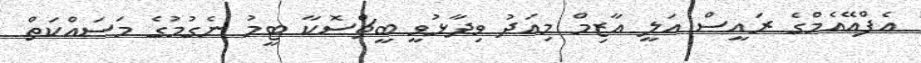
އެފްއޭއެމްގެ ރައީސް އަލީ އާޒިމް މިއަދު ވިދާޅުވީ ބީޗްސޮކާ ޓީމު ނެގުމުގެ މަސައްކަތް